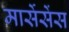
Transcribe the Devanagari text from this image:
मार्सेसेंस